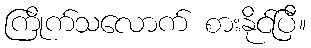
ကြိုက်သလောက် စားနိုင်ပြီ။